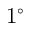
1 ^ { \circ }